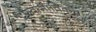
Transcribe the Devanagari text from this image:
स्‍वाभाविकच